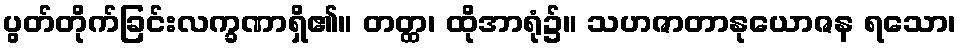
ပွတ်တိုက်ခြင်းလက္ခဏာရှိ၏။ တတ္ထ၊ ထိုအာရုံ၌။ သဟဇာတာနုယောဇန ရသော၊